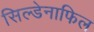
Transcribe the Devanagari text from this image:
सिल्डेनाफिल